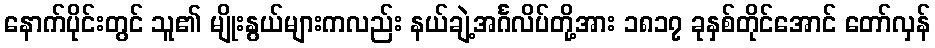
နောက်ပိုင်းတွင် သူ၏ မျိုးနွယ်များကလည်း နယ်ချဲ့အင်္ဂလိပ်တို့အား ၁၈၁၇ ခုနှစ်တိုင်အောင် တော်လှန်